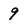
Character: 9